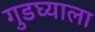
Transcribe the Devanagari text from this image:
गुडघ्याला